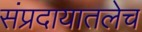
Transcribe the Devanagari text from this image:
संप्रदायातलेच